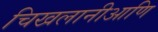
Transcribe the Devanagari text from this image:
चिखलानीआणि